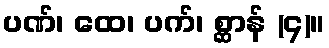
ပဏ်၊ ထေ၊ ပက်၊ စ္ဆာန် (၄)။